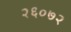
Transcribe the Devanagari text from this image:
२६०७२